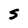
Character: S